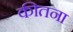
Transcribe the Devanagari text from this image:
कीतना